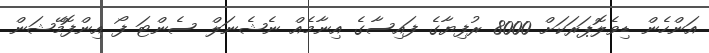
އަންހެން ޑިވެލޮޕަރަކަށް 8000 ރުފިޔާގެ ފައިސާގެ އިނާމެއް ނެޝެނަލް ސެންޓަ ފޯ އިންފޮމޭޝަން